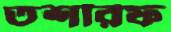
তশরিফ